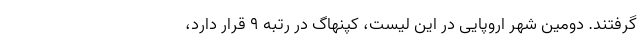
گرفتند. دومین شهر اروپایی در این لیست، کپنهاگ در رتبه ۹ قرار دارد،